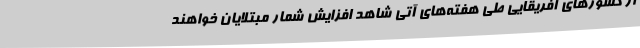
از کشورهای آفریقایی طی هفته‌های آتی شاهد افزایش شمار مبتلایان خواهند